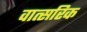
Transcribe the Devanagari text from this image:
वात्सरिक